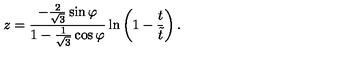
z = \frac { - \frac { 2 } { \sqrt { 3 } } \sin { \varphi } } { 1 - \frac { 1 } { \sqrt { 3 } } \cos { \varphi } } \ln \left( 1 - \frac { t } { \tilde { t } } \right) .